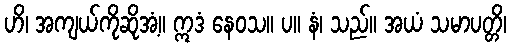
ဟိ၊ အကျယ်ကိုဆိုအံ့။ ဣဒံ နေဝသ။ ပ။ နံ၊ သည်။ အယံ သမာပတ္တိ၊